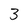
Character: 3